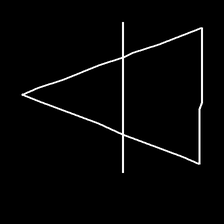
Glyph: empower